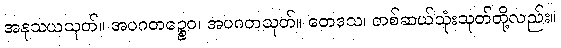
အနုသယသုတ်။ အပဂတဉ္စေဝ၊ အပဂတသုတ်။ တေဒသ၊ တစ်ဆယ်သုံးသုတ်တို့လည်း။